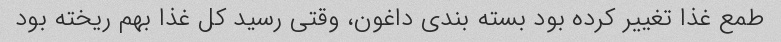
طمع غذا تغییر کرده بود بسته بندی داغون، وقتی رسید کل غذا بهم ریخته بود